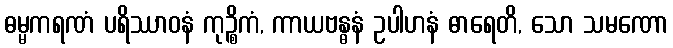
ဓမ္မကရဏံ ပရိဿာဝနံ ကုဉ္စိကံ, ကာယဗန္ဓနံ ဥပါဟနံ ဓာရေတိ, သော သမဏော